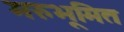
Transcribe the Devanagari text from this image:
मरुभूमित